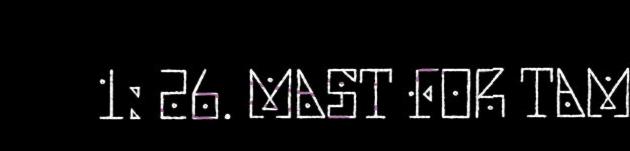
1: 26. MAST FOR TAM